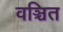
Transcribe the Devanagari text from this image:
वञ्चित